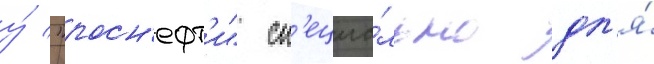
у́ "росн'ефт'и" сп'ециа́льно дл'я́